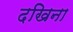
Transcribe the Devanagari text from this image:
दखिना